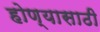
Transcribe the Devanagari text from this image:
होण्‍यासाठी